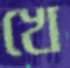
খে